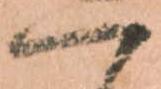
へ